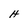
Character: H